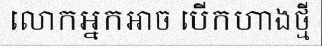
លោកអ្នកអាច បើកហាងថ្មី